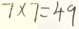
7 \times 7 = 4 9